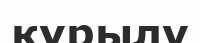
қүрылу